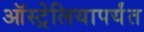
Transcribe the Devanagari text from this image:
ऑस्ट्रेलियापर्यंत